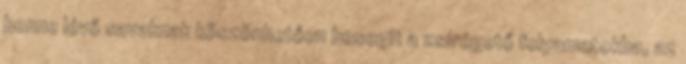
benne lévő savaknak köszönhetően besegít a zsírégető folyamatokba, az